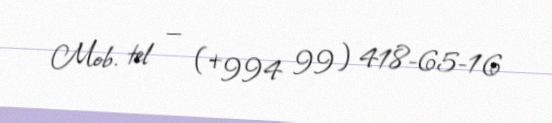
Mob. tel — (+994 99) 418-65-16